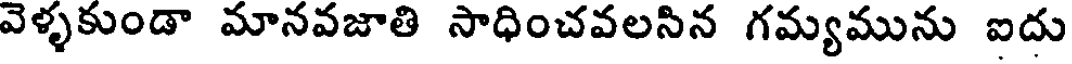
వెళ్ళకుండా మానవజాతి సాధించవలసిన గమ్యమును ఐదు